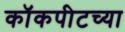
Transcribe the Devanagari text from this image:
कॉकपीटच्या